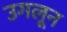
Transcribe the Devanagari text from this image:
उगलून